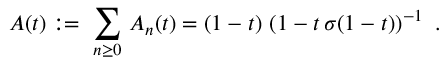
{ \cal A } ( t ) : = \ \sum _ { n \ge 0 } \, { \cal A } _ { n } ( t ) = ( 1 - t ) \, \left( 1 - t \, \sigma ( 1 - t ) \right) ^ { - 1 } \ .